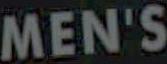
MEN'S